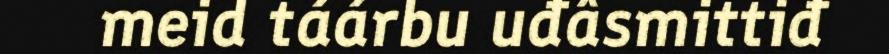
meid táárbu uđâsmittiđ